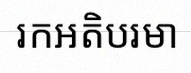
រកអតិបរមា